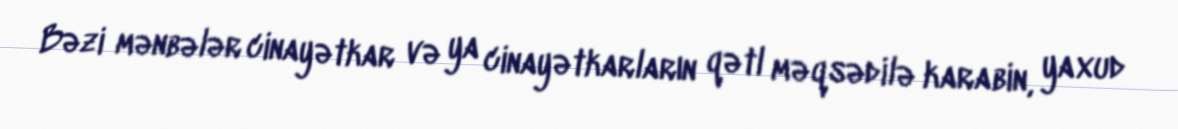
Bəzi mənbələr cinayətkar və ya cinayətkarların qətl məqsədilə karabin, yaxud